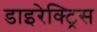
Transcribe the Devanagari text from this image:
डाइरेक्ट्रिस